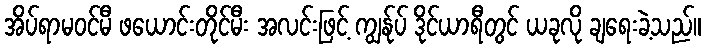
အိပ်ရာမဝင်မီ ဖယောင်းတိုင်မီး အလင်းဖြင့် ကျွန်ုပ် ဒိုင်ယာရီတွင် ယခုလို ချရေးခဲ့သည်။